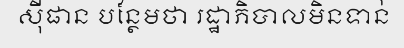
ស៊ីផាន បន្ថែមថា រដ្ឋាភិបាលមិនទាន់